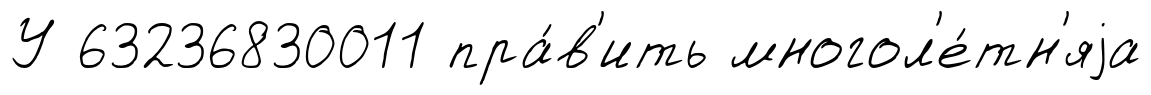
У 63236830011 пра́в'ить многол'е́тн'яjа